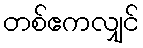
တစ်ဧကလျှင်